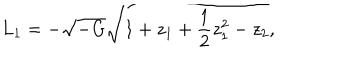
LaTeX: L _ { 1 } = - \sqrt { - G } \sqrt { 1 + z _ { 1 } + { \frac { 1 } { 2 } } z _ { 1 } ^ { 2 } - z _ { 2 } } ,